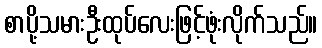
စာပို့သမားဦးထုပ်လေးဖြင့်ဖုံးလိုက်သည်။